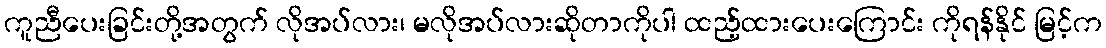
ကူညီပေးခြင်းတို့အတွက် လိုအပ်လား၊ မလိုအပ်လားဆိုတာကိုပါ ထည့်ထားပေးကြောင်း ကိုရန်နိုင် မြင့်က